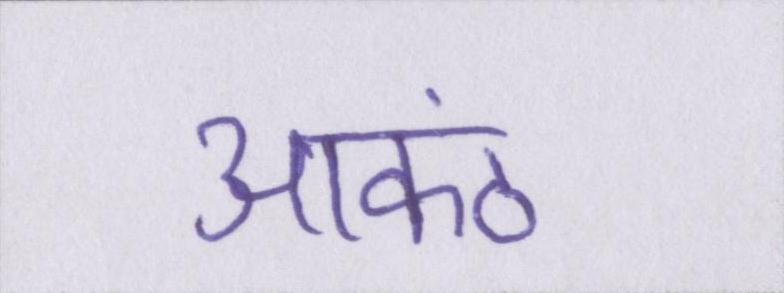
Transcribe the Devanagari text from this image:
आकंठ